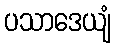
ပသာဒေယျံ